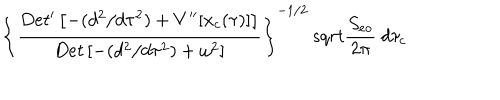
\left\{ { \frac { D e t ^ { \prime } \left[ - ( d ^ { 2 } / d \tau ^ { 2 } ) + V ^ { \prime \prime } [ x _ { c } ( \tau ) ] \right] } { D e t \left[ - ( d ^ { 2 } / d \tau ^ { 2 } ) + \omega ^ { 2 } \right] } } \right\} ^ { - 1 / 2 } \, s q r t { { \frac { S _ { e o } } { 2 \pi } } } \ d \tau _ { c }